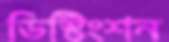
ডিস্টিংশন